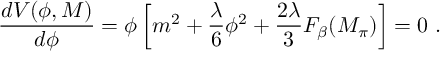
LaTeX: { \frac { d V ( \phi , M ) } { d \phi } } = \phi \left[ m ^ { 2 } + \frac { \lambda } { 6 } \phi ^ { 2 } + \frac { 2 \lambda } { 3 } F _ { \beta } ( M _ { \pi } ) \right] = 0 ~ .